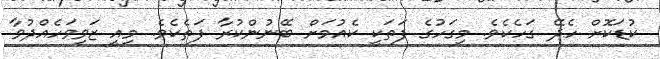
ކުޑަކޮށް ހެދޭ ގަހެކެވެ. މިގަހުގެ ފަތަކީ ކެއުމަށް ބޭނުންކުރާ ފަތެކެވެ. މިއީ ޒަވިވަހެއްދުވާ